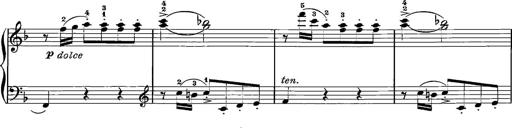
Title: 12 Sonatinas
Composer: Ignaz Pleyel